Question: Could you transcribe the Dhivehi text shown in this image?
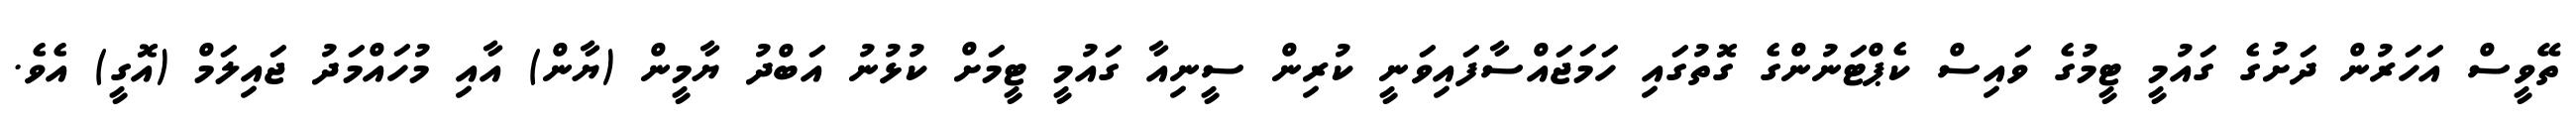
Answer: ތޭވީސް އަހަރުން ދަށުގެ ގައުމީ ޓީމުގެ ވައިސް ކެޕްޓަނުންގެ ގޮތުގައި ހަމަޖައްސާފައިވަނީ ކުރިން ސީނިއާ ގައުމީ ޓީމަށް ކުޅުނު އަބްދު ޔާމީން (ޔާން) އާއި މުހައްމަދު ޖައިލަމް (އޮގީ) އެވެ.